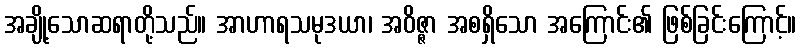
အချို့သောဆရာတို့သည်။ အာဟာရသမုဒယာ၊ အဝိဇ္ဇာ အစရှိသော အကြောင်း၏ ဖြစ်ခြင်းကြောင့်။